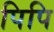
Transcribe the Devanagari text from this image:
पिपि